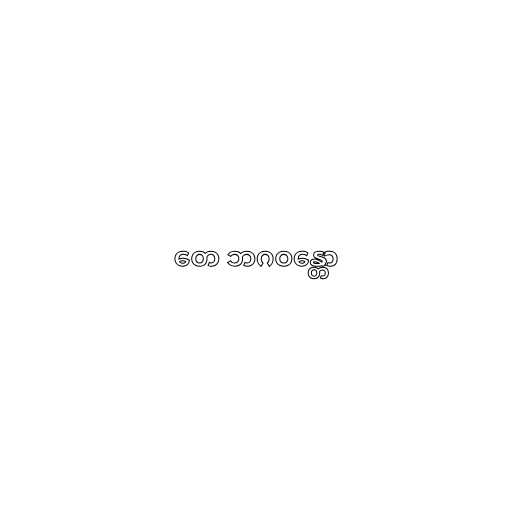
တေ ဘဂဝန္တော